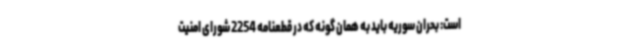
است: بحران سوریه باید به همان گونه که در قطعنامه 2254 شورای امنیت